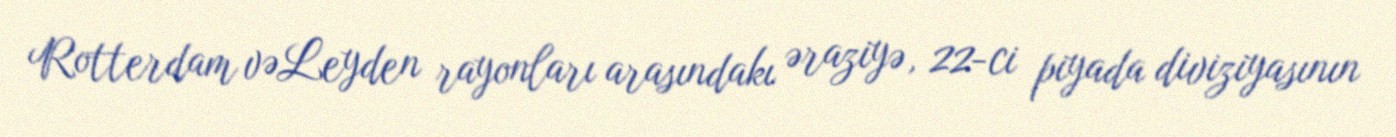
Rotterdam vəLeyden rayonları arasındakı əraziyə, 22-ci piyada diviziyasının